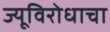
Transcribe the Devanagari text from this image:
ज्यूविरोधाचा